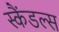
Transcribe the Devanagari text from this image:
स्‍कैंडल्‍स